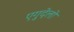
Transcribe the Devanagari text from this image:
एगुदेलो